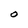
Character: O